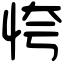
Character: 恗